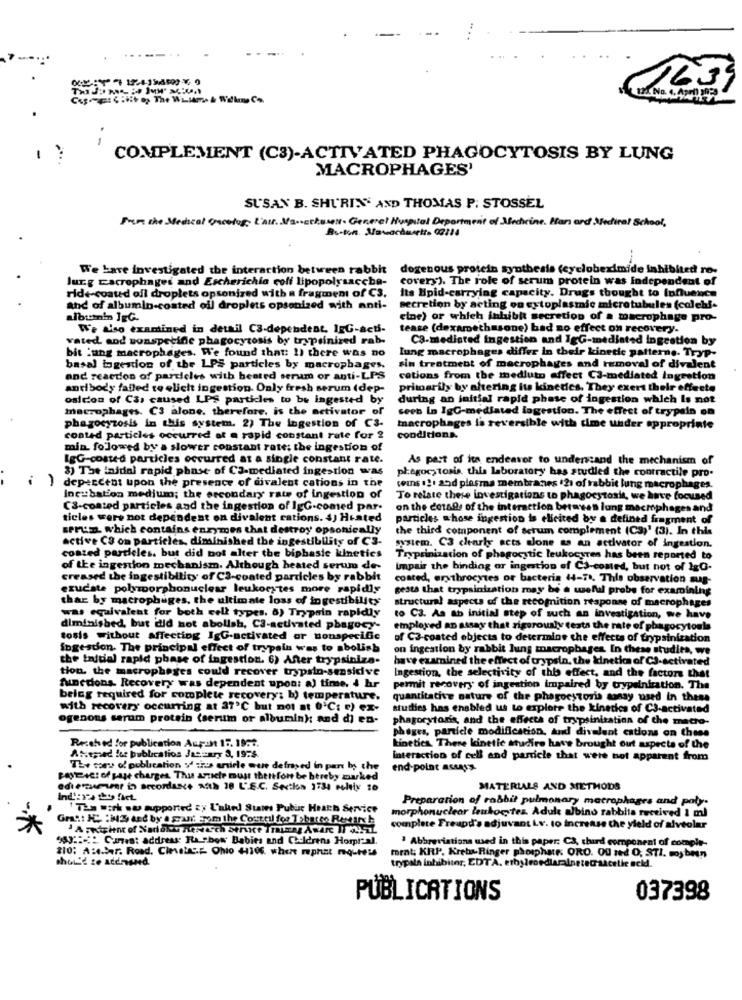
(63
COMPLEMENT (C3)-ACTIVATED PHAGOCYTOSIS BY LUNG
MACROPHAGES'
SUSAN B. SHURIN' AND THOMAS P. STOSSEL
From the Medical Guestog, L'ai. Ma -- echasell. General Hospital Department of Medicine. Han and Medical School,
We Lave investigated the interaction between rabbit
dogenous protein synthesis (cyclobeximide inhibited ro-
Jung macrophages and Escherichia coff lipopolysaccba-
covery). The role of serum protein was Independent of
rid+ coaud ofl droplets opsonized with a fragment of C3.
Its Hpid-carrying capacity. Drugs thought to Influence
And of albumin-coated ofl droplets opsonized with anti-
secretion by acting on cytoplasmic microtubules (colchi-
albumin JEG-
eine) or which inhibit secretion of a macrophage pro-
We Uso examined in detail C3-dependent, IgG-acts-
tease (dexamethasone) bad no effect on recovery.
vated and sonspecifie phagocytosis by trypsinized rab-
Ca-mediated Ingestion and IgG-mediated ingestion by
bit 'ung macrophages. W'e found that: 1) there was no
lung macrophages differ in their kinetic patterns. Tryp-
basal bogestion of the LPS particles by macrophages.
sin treatment of macrophages and removal of divalent
and reardon of particles with bested serum or anti-LPS
cations from the medluto effect C3-mediated Ingration
antibody failed to elicht ingestion. Only fresh serum (dep-
primarily by aftering its kinetics. They exert their effects
osition of Cas caused LPS particles to be ingested by
during an initial rapid phase of ingestion which Is not
macrophages. C3 alone. therefore, is the activator of
seen in IgG-mediated lagestion. The effect of trypsin on
phagocytosis in this system. 2) The ingestion of C3-
macrophages la reversible with time under approprinte
conted particles occurred at a rapid constant rate for ?
conditions.
min. folowed by a slower constant rate; the ingestion of
lgG-coated particles occurred at a single constant rate.
As part of its endeavor to understand the mechanism of
8) The inidni rapid phase of CJ-mediated ingestion was
phagocytosis. this laboratory has studied the contractile pro-
depercent upon the presence of divalent cations in the
coins .2. 25d plasma membranes .21 of rabbit lung macrophages.
Incubation medium; the orcondary rate of ingestion of
To relate there investigations to phagocytosis, we have focused
CS-coated particles and the ingestion of IgG-comed par.
on the cotals of the interaction between lung macmphages and
ticles were not dependent on divalent cations. 4) Heated
particles whose ingestion is ellcited by a defined fragment of
serum which contains enzymes that destroy opsonically
the third component of scrum complement (C3)' (3). In this
active C3 on particles, diminished the ingestibility of C3-
system. C3 charly acts alone as an activator of ingestion.
coated particles. but did not alter the biphasic kinetics
Tryprinization of phagocytic leukocytes has been reported to
of the ingestion mechanism. Although heated serum de-
Impair the binding or ingestion of C3-comed, but not of IgG-
creased the ingestibility of C3-coated particles by rabbit
coated, erythrocytes or bacteria 44-78. This observation sug-
exudate polymorphonuclear leukocytes more rapidly
gesta that trypsinization may be a useful probe for examining
thar by macrophages, the ultimate loss of ingestibility
structural aspects of the recognition response of macrophages
was equivalent for both cell types. 8) Trypsin rapidly
to C3. As Ab initial step of such an investigation, we have
diminished, but did not abolish, Ca-activated pbagocy-
employed an assay that rigorously tests the rate of phagocytouls
tosis without affecting IgG-activated or nonspeciGe
of C3-coated objects to determine the effects of trypsiniza
ingestion. The principal effect of trypsin was to abolish
on ingestion by rabbit lung macrophages In these studies, we
the initial rapid phase of ingestion. 6) After trypsiniza-
have examined the effect of trypsin, the kinetics of CS-activated
tion. the macrophages could recover trypsin-sensitive
Ingestion, the selectivity of this effect, and the factors that
functions. Recovery was dependent upon: a) time, 4 hr
permit recovery of ingestion impaired by trypsinization. The
beleg required for complete recovery; b) temperature.
quantitative nature of the phagocytoria aonay used in these
with recovery occurring at 37'℃ but not at 0'℃: c) ex-
studies has enabled us to explore the kinetics of C3-activated
ogenous serum protein (serum or albumin): and di en-
phagocytoris, and the effects of trypsinitation of the macro-
phages, particle modification, and divalent cations on these
Recehed for publication Aupont 17. 19:1.
Linetica. These kinetic studire have brought out aspects of the
Attmed for publication January 3, 19:4.
interaction of cell and particle that were not apparent from
The soru of publication y sius article were defrayed in pan by the
end-point acess.
Payeici of page charges Thu ariete must thettfont be hereby marked
edie umer in accordance with 18 L'.E.C. Section 1734 moltix 10
MATERIALS AND METHODS
Ind':y bo fact
Preparation of rabbit pulmonary macrophages and poly.
1 The work ww supported zy L'aled Sties Pubuc Heath Service
morphonuclear leukocytes. Adult abino rabbits received 1 ml
complete Freupd's adjuvant Lv. to increase the yield of alveolar
953: Current address Ra "bow Babies and Childrens Horpt"al.
1 Abbreviations med in this paper: C3, third component of comple-
210: A:e.ber. Road. Cievetas :- Ohio 41106. where mphit mq-teis
should ze addressed.
meat KRP. Krebs-Ringer phosphate: ORO. OU ned O, STI. myben
trypala inhibitor, EDTA. etbylroedlaralnetecraacetic acid.
PUBLICATIONS
037398